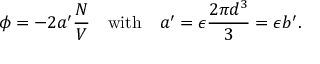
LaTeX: \phi = - 2 a ^ { \prime } { \frac { N } { V } } \quad { \mathrm { w i t h } } \quad a ^ { \prime } = \epsilon { \frac { 2 \pi d ^ { 3 } } { 3 } } = \epsilon b ^ { \prime } .